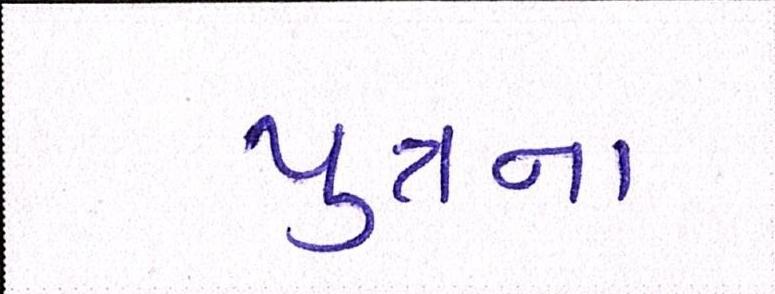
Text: પુત્રના